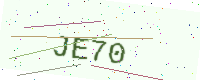
Text: JE70